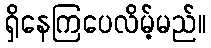
ရှိနေကြပေလိမ့်မည်။